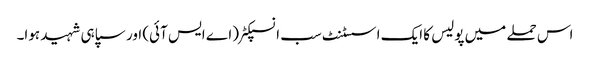
اس حملے میں پولیس کا ایک اسسٹنٹ سب انسپکٹر (اے ایس آئی) اور سپاہی شہید ہوا۔